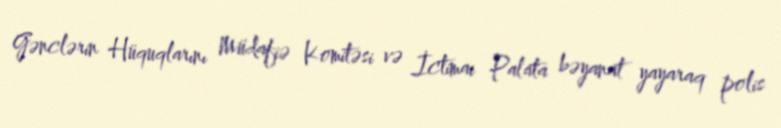
Gənclərin Hüquqlarını Müdafiə Komitəsi və İctimai Palata bəyanat yayaraq polis